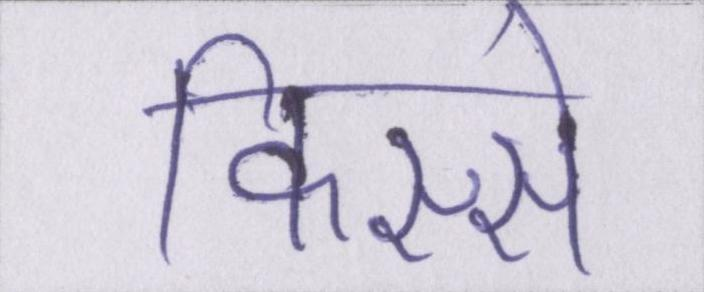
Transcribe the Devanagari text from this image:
किस्से